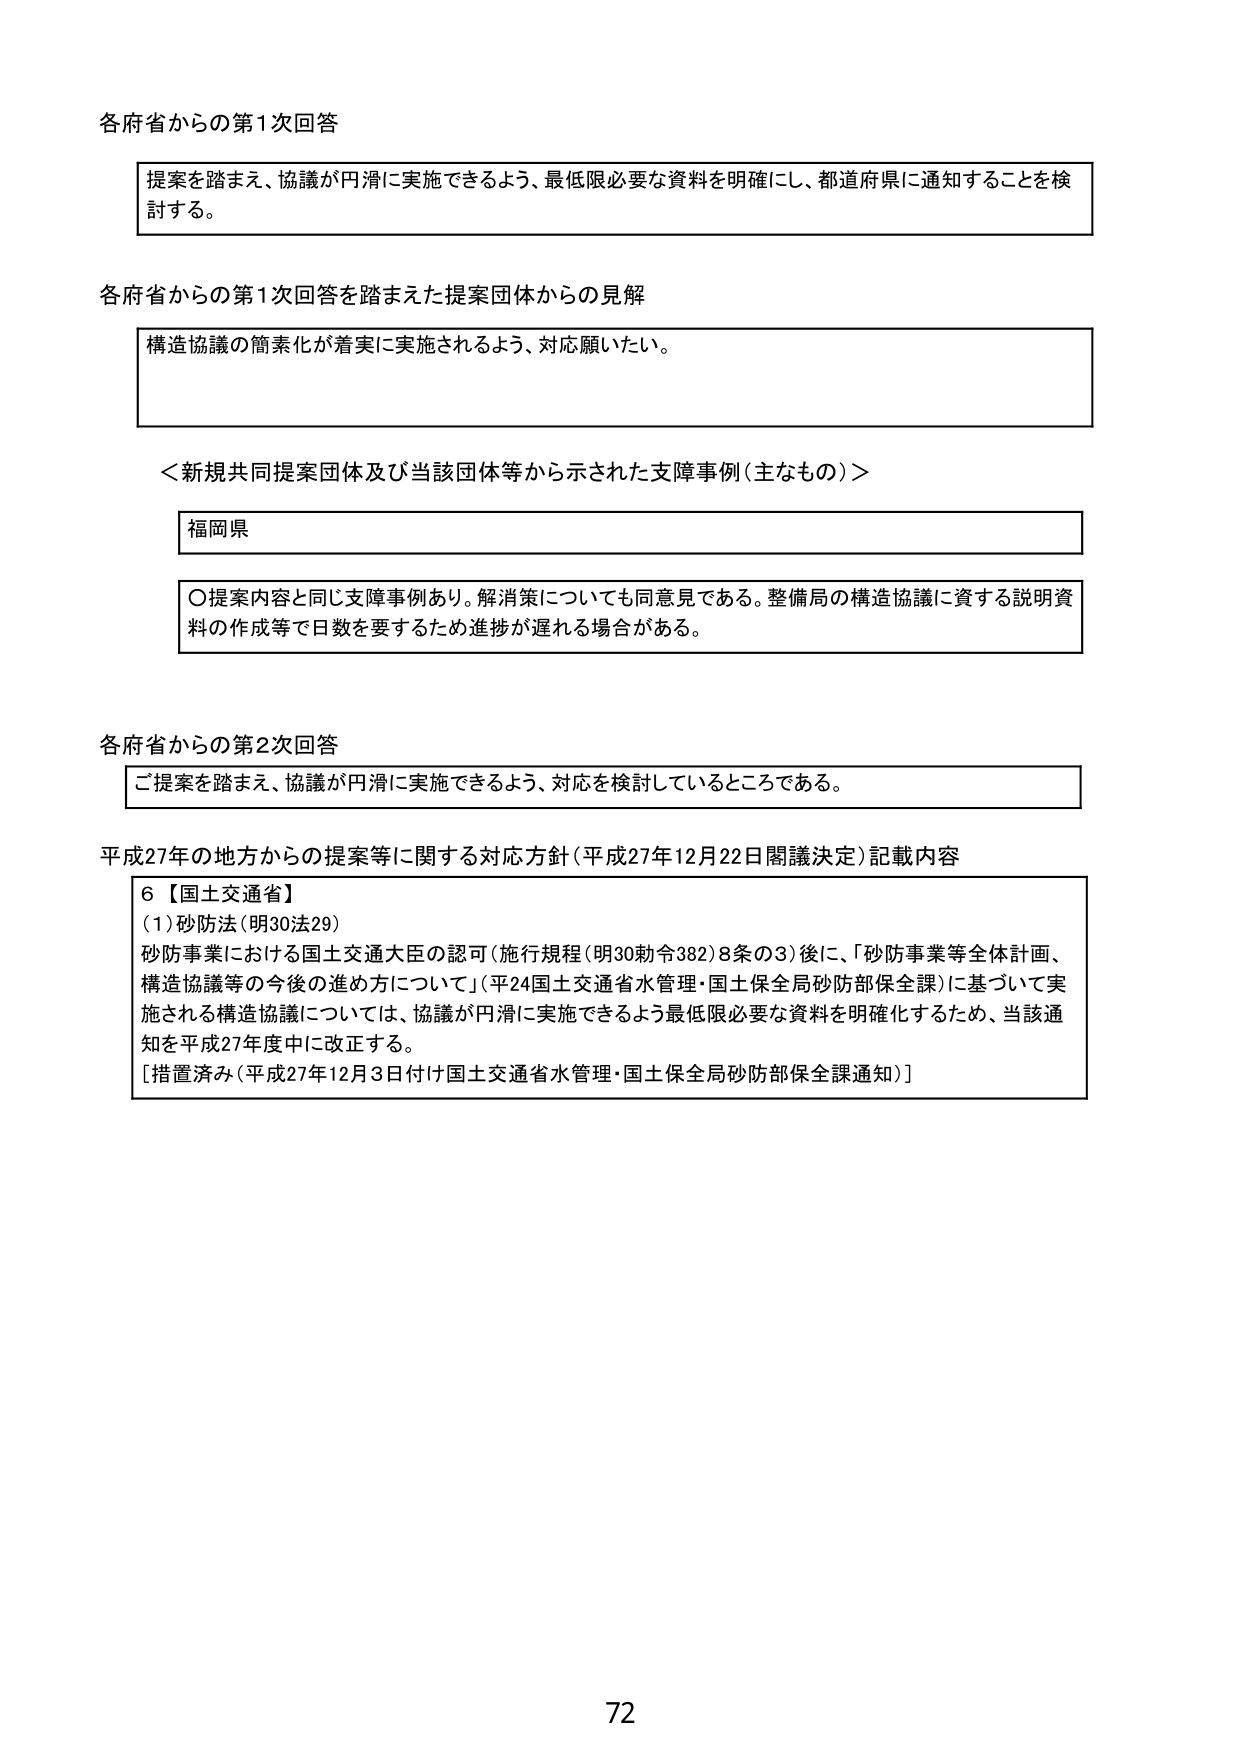
各府省からの第1次回答

提案を踏まえ、協議が円滑に実施できるよう、最低限必要な資料を明確にし、都道府県に通知することを検討する。

各府省からの第1次回答を踏まえた提案団体からの見解

構造協議の簡素化が着実に実施されるよう、対応願いたい。

＜新規共同提案団体及び当該団体等から示された支障事例（主なもの）＞

福岡県

〇提案内容と同じ支障事例あり。解消策についても同意見である。整備局の構造協議に資する説明資料の作成等で日数を要するため進捗が遅れる場合がある。

各府省からの第2次回答

ご提案を踏まえ、協議が円滑に実施できるよう、対応を検討しているところである。

平成27年の地方からの提案等に関する対応方針（平成27年12月22日閣議決定）記載内容

6【国土交通省】
(1)砂防法（明30法29）
砂防事業における国土交通大臣の認可（施行規程（明30勅令382）8条の3）後に、「砂防事業等全体計画、構造協議等の今後の進め方について」（平24国土交通省水管理・国土保全局砂防部保全課）に基づいて実施される構造協議については、協議が円滑に実施できるよう最低限必要な資料を明確化するため、当該通知を平成27年度中に改正する。
[措置済み（平成27年12月3日付け国土交通省水管理・国土保全局砂防部保全課通知）]

72